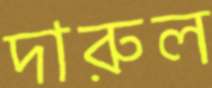
দারুল